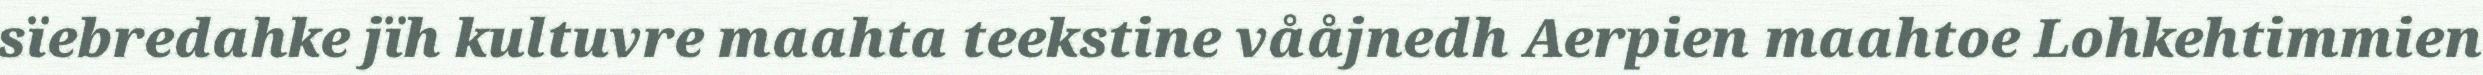
sïebredahke jïh kultuvre maahta teekstine vååjnedh Aerpien maahtoe Lohkehtimmien